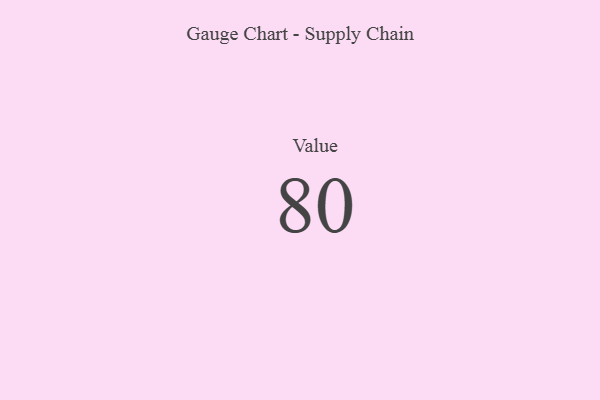
{"axis": {"x": "Metric", "y": "Value"}, "legend": [""], "data": [{"x": "Value", "y": 80, "type": ""}]}